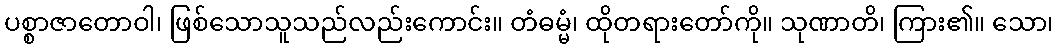
ပစ္စာဇာတောဝါ၊ ဖြစ်သောသူသည်လည်းကောင်း။ တံဓမ္မံ၊ ထိုတရားတော်ကို။ သုဏာတိ၊ ကြား၏။ သော၊